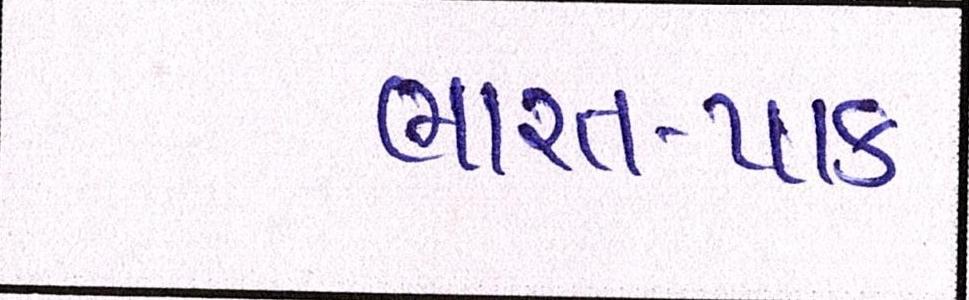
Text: ભારત-પાક